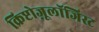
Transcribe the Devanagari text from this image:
क्रिप्टोज़ूलॉजिस्ट